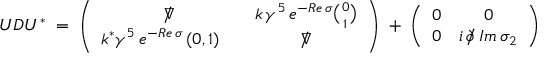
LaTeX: U D U ^ { * } \; = \; \left( \begin{array} { c c } { { \nabla \! \! \! \! / } } & { { k \, \gamma ^ { 5 } \, e ^ { - R e \, \sigma } { \binom { 0 } { 1 } } } } \\ { { k ^ { * } \gamma ^ { 5 } \, e ^ { - R e \, \sigma } \, ( 0 , 1 ) \quad } } & { { \nabla \! \! \! \! / } } \end{array} \right) \; + \; \left( \begin{array} { c c } { { 0 } } & { { 0 } } \\ { { 0 } } & { { i \, \partial \! \! \! / \, I m \, \sigma _ { 2 } } } \end{array} \right)